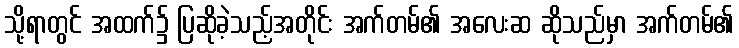
သို့ရာတွင် အထက်၌ ပြဆိုခဲ့သည့်အတိုင်း အက်တမ်၏ အလေးဆ ဆိုသည်မှာ အက်တမ်၏